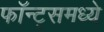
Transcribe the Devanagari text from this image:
फॉन्ट्‌समध्ये